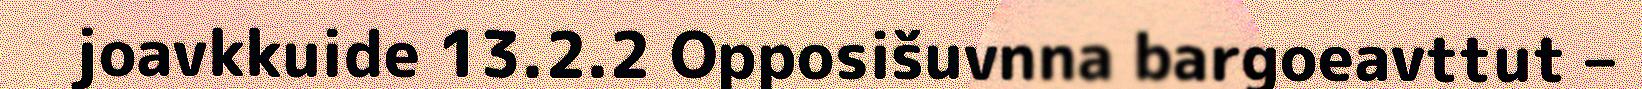
joavkkuide 13.2.2 Opposišuvnna bargoeavttut –